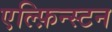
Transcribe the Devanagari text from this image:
एल्फ़िन्स्टन